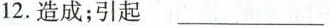
12.造成；引起 ___